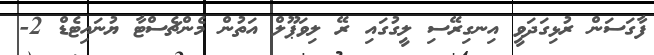
ފާގަސަން ރުޅިގަދަވީ އިނގިރޭސި ލީގުގައި ރޭ ލިވަޕޫލް އަތުން މެންޗެސްޓާ ޔުނައިޓެޑް 2-